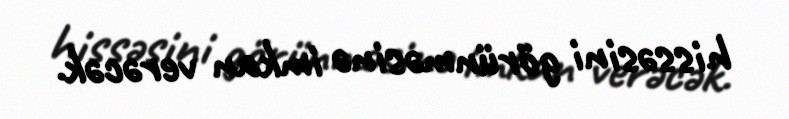
hissəsini görünməsinə imkan verəcək.